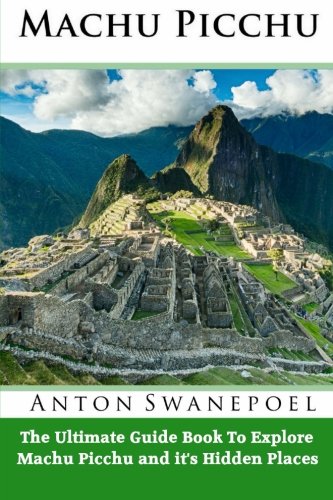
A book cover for Machu Picchu; Anton Swanepoel; Travel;